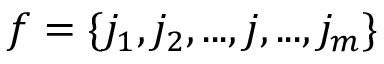
f = \{ j _ { 1 } , j _ { 2 } , . . . , j , . . . , j _ { m } \}